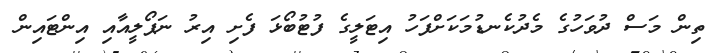
ތިން މަސް ދުވަހުގެ މެދުކެނޑުމަކަށްފަހު އިޓަލީގެ ފުޓުބޯޅަ ފެށި އިރު ނަޕޯލީއާއި އިންޓައިން